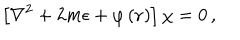
\left[ \nabla ^ { 2 } + 2 m \epsilon + \varphi \left( { \bf r } \right) \right] \chi = 0 \, ,